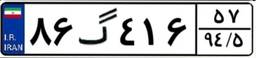
۸۶گ۴۱۶۵۷